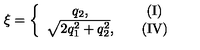
\xi = \left\{ \begin{array} { c c c } { q _ { 2 } , } & { } & { \mathrm { ( I ) } } \\ { \sqrt { 2 q _ { 1 } ^ { 2 } + q _ { 2 } ^ { 2 } } , } & { } & { \mathrm { ( I V ) } } \\ \end{array} \right.